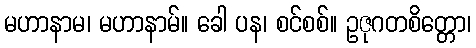
မဟာနာမ၊ မဟာနာမ်။ ခေါ ပန၊ စင်စစ်။ ဥဇုဂတစိတ္တော၊